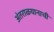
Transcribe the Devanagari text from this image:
अंतराळयानाची